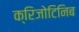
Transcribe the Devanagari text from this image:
क्रिजोटिनिब